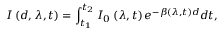
I \left( d , \lambda , t \right) = \int _ { t _ { 1 } } ^ { t _ { 2 } } I _ { 0 } \left( \lambda , t \right) e ^ { - \beta \left( \lambda , t \right) d } d t ,